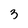
Character: 3